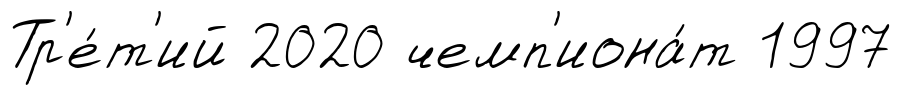
Тр'е́т'ий 2020 чемп'иона́т 1997